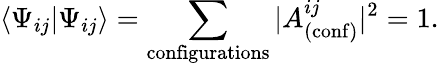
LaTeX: \langle\Psi_{ij}|\Psi_{ij}\rangle=\sum_{\mathrm{configurations}}|A_{(\mathrm{conf})}^{ij}|^{2}=1.